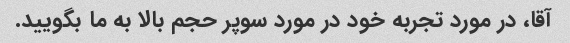
آقا، در مورد تجربه خود در مورد سوپر حجم بالا به ما بگویید.